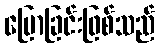
ပြောခြင်းဖြစ်သည်